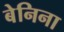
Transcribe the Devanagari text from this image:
बेनिना